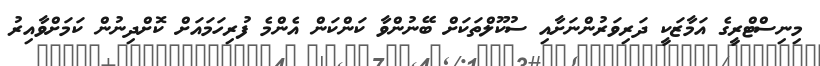
މިނިސްޓްރީގެ އަމާޒަކީ ދަރިވަރުންނަށާއި ސުކޫލްތަކަށް ބޭނުންވާ ކަންކަން އެންމެ ފުރިހަމައަށް ކޮށްދިނުން ކަމަށްވާއިރު